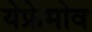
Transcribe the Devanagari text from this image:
येफ्रेमोव